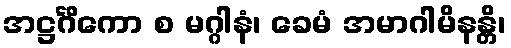
အဋ္ဌင်္ဂိကော စ မဂ္ဂါနံ၊ ခေမံ အမာဂါမိနန္တိ၊